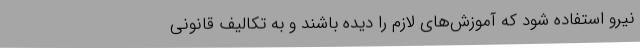
نیرو استفاده شود که آموزش‌های لازم را دیده باشند و به تکالیف قانونی